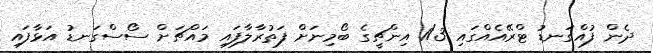
ދެން ފުއްގަނޑު ޓްރޭއެއްގައި 1/3 އިންޗީގެ ބޯމިނަށް ފަތުރާލާފައި މައްޗަށް ސޯސްގަނޑު އަޅާފައި